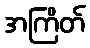
အကြိတ်